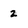
Character: z